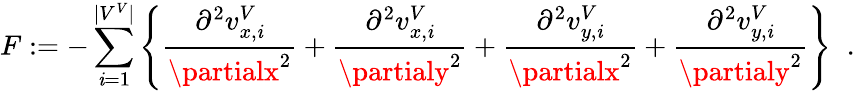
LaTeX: F:=-\sum_{\mathit{i}=1}^{|V^{V}|}\left\{ \frac{{\partial^{2}v_{x,\mathit{i}}^{V}}}{{\partialx^{2}}}+\frac{{\partial^{2}v_{x,\mathit{i}}^{V}}}{{\partialy^{2}}}+\frac{{\partial^{2}v_{y,\mathit{i}}^{V}}}{{\partialx^{2}}}+\frac{{\partial^{2}v_{y,\mathit{i}}^{V}}}{{\partialy^{2}}}\right\} \; \; .